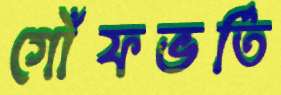
গোঁফভর্তি